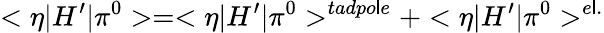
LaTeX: <\eta|H^{\prime}|\pi^{0}>=<\eta|H^{\prime}|\pi^{0}>^{tadpo\mathsf{l}e}+<\eta|H^{\prime}|\pi^{0}>^{e\mathsf{l}.}